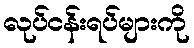
လုပ်ငန်းရပ်များကို